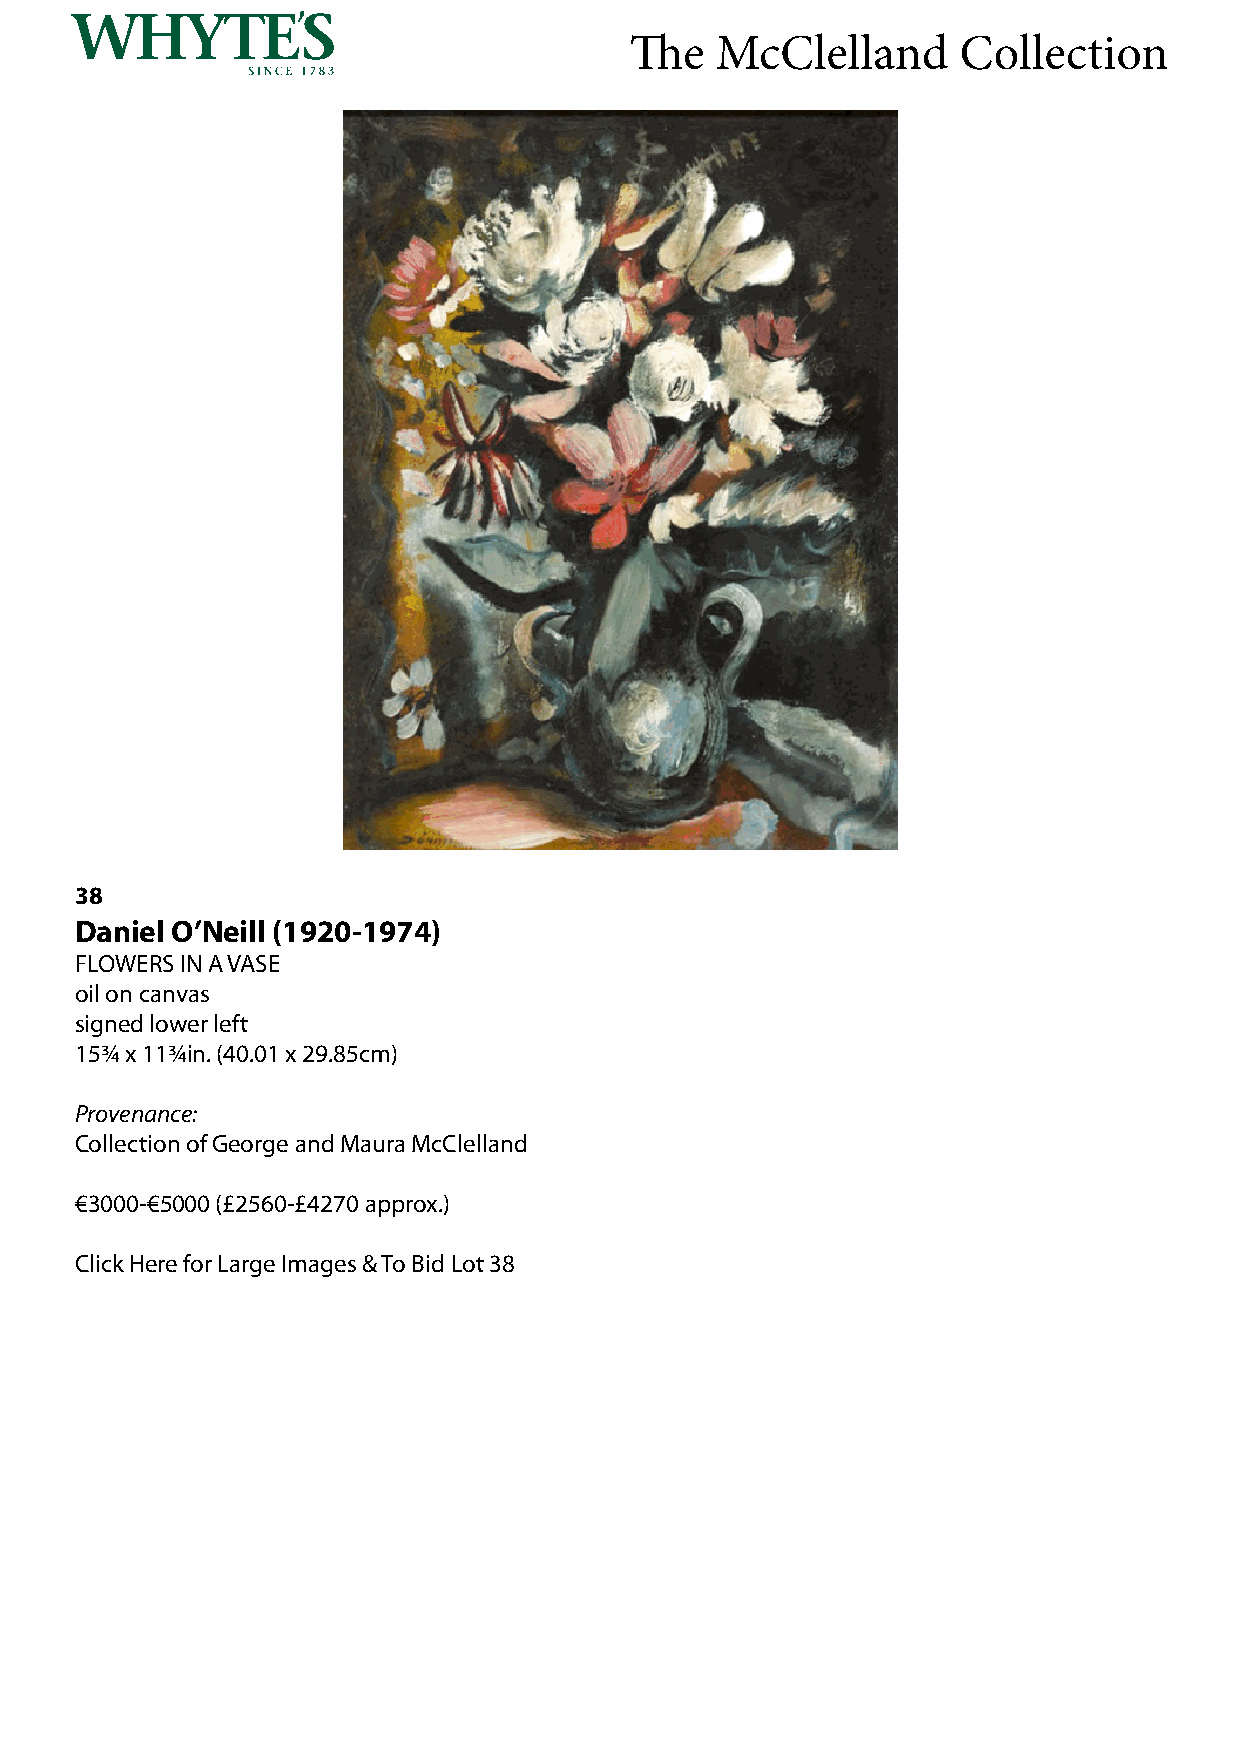
The  McClelland      Collection
 38
 Daniel O’Neill (1920-1974)
 FLOWERS IN A VASE
 oil on canvas
 signed lower left
 15¾ x 11¾in. (40.01 x 29.85cm)
 Provenance:
 Collection of George and Maura McClelland
 €3000-€5000 (£2560-£4270 approx.)
 Click Here for Large Images & To Bid Lot 38